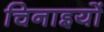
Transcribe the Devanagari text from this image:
चिनाइयों